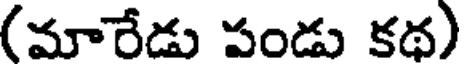
(మారేడు పండు కథ)